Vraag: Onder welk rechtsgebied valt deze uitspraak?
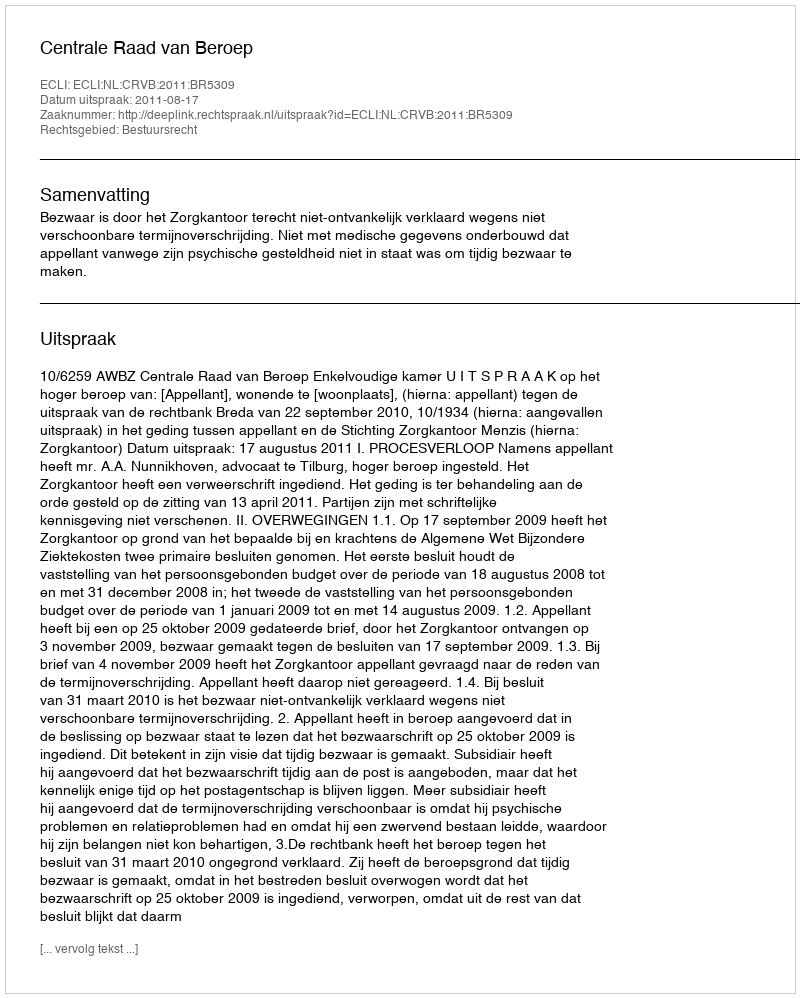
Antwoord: Bestuursrecht